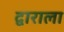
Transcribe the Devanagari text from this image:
द्वाराला